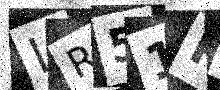
Text: LR51R8